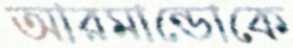
আরমান্ডোকে